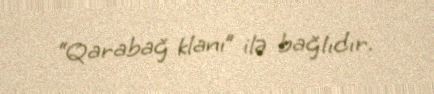
“Qarabağ klanı” ilə bağlıdır.